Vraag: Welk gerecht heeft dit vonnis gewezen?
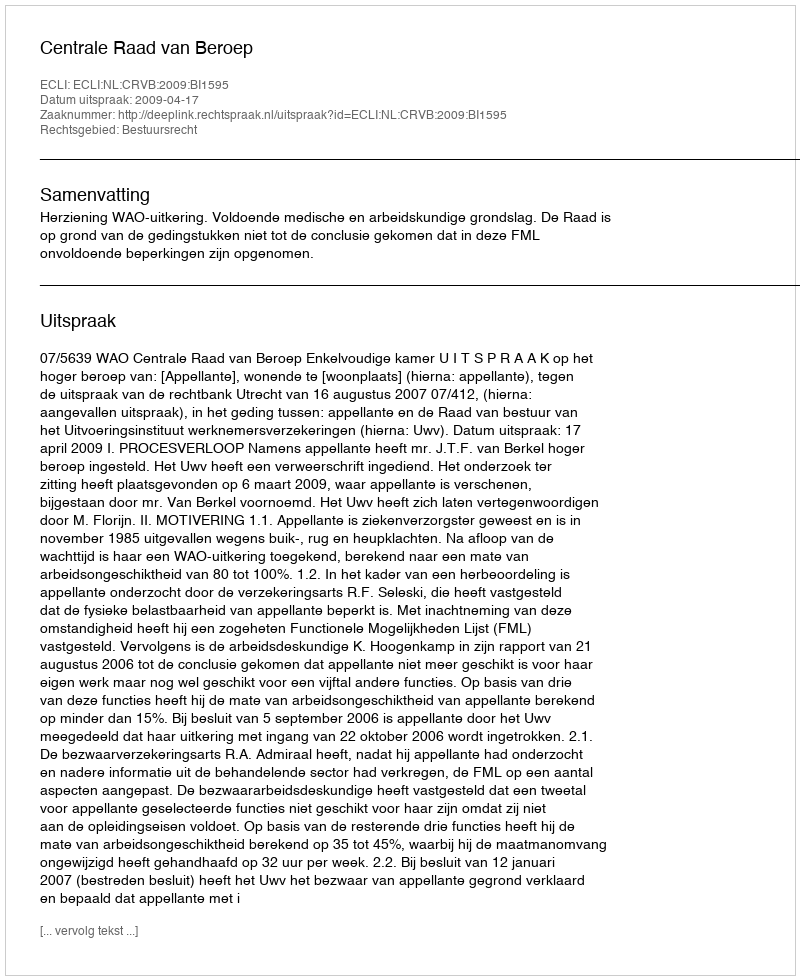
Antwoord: Centrale Raad van Beroep